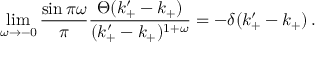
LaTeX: \operatorname * { l i m } _ { \omega \rightarrow - 0 } \frac { \sin \pi \omega } { \pi } \frac { \Theta ( k _ { + } ^ { \prime } - k _ { + } ) } { ( k _ { + } ^ { \prime } - k _ { + } ) ^ { 1 + \omega } } = - \delta ( k _ { + } ^ { \prime } - k _ { + } ) \, .